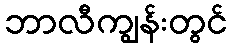
ဘာလီကျွန်းတွင်